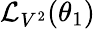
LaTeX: {\mathcal{L}}_{V^{2}}(\theta_{1})